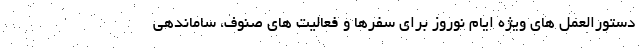
دستورالعمل های ویژه ایام نوروز برای سفرها و فعالیت های صنوف، ساماندهی